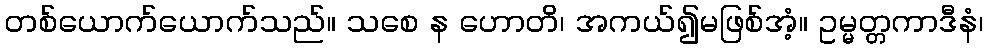
တစ်ယောက်ယောက်သည်။ သစေ န ဟောတိ၊ အကယ်၍မဖြစ်အံ့။ ဥမ္မတ္တကာဒီနံ၊